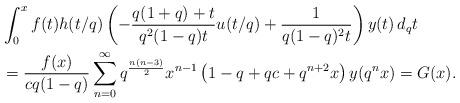
LaTeX: \begin{align*} & \int_{0}^{x} f(t) h(t/q) \left( -\frac{q(1+q)+t}{q^2 (1-q)t} u(t/q) +\frac{1}{q(1-q)^2 t} \right)y(t)\, d_qt \\&= \frac{f(x)}{cq (1-q)} \sum_{n=0}^{\infty} q^{\frac{n(n-3)}{2}}x^{n-1} \left(1-q+qc+q^{n+2}x\right) y(q^n x)= G(x). \end{align*}